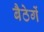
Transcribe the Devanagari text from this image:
बैठेगें